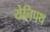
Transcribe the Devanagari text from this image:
येनिपथ